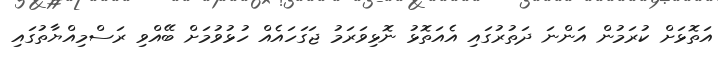
އަތޮޅަށް ކުރަމުން އަންނަ ދަތުރުގައި އެއަތޮޅު ނޮޅިވަރަމު ޖަގަހައެއް ހުޅުވުމަށް ބޭއްވި ރަސްމިއްޔާތުގައި